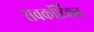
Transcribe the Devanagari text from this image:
सबकॉर्टिकल